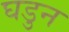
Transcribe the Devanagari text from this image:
घडुन